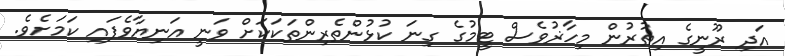
އަދި ރޫނީގެ އިތުރުން މިހާޜުވެސް ޓީމުގެ ގިނަ ކުޅުންތެރިންތަކަކަށް ވަނީ އަނިޔާވެފައި ކަމަށެވެ.